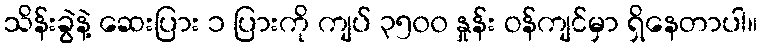
သိန်းခွဲနဲ့ ဆေးပြား ၁ ပြားကို ကျပ် ၃၅၀၀ နှုန်း ဝန်ကျင်မှာ ရှိနေတာပါ။